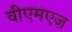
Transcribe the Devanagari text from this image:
वीएमएज़